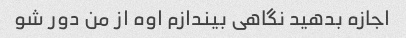
اجازه بدهید نگاهی بیندازم اوه از من دور شو